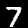
Label: 7